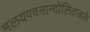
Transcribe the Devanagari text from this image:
मलयपवनान्दोलितजले